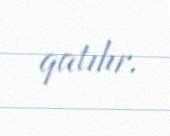
qatılır.